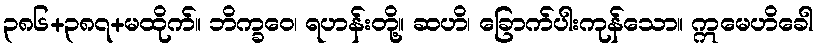
၃၈၆+၃၈၇+မထိုက်။ ဘိက္ခဝေ၊ ရဟန်းတို့။ ဆဟိ၊ ခြောက်ပါးကုန်သော။ ဣမေဟိခေါ